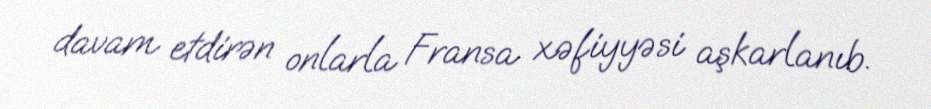
davam etdirən onlarla Fransa xəfiyyəsi aşkarlanıb.